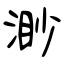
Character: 渺